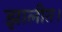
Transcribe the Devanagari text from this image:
झालीत।